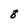
Character: 8